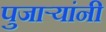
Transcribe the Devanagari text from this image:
पुजाऱ्यांनी